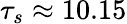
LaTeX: \tau_{s}\approx 10.15